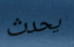
يحدث